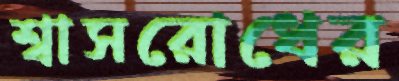
শ্বাসরোধের